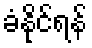
ခံနိုင်ရန်